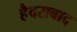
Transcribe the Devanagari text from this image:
हैैदराबाद